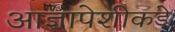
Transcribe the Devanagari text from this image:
आज्ञापेशीकडे